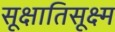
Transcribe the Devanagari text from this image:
सूक्षातिसूक्ष्म